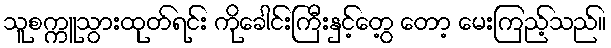
သူစက္ကူသွားထုတ်ရင်း ကိုခေါင်းကြီးနှင့်တွေ့ တော့ မေးကြည့်သည်။